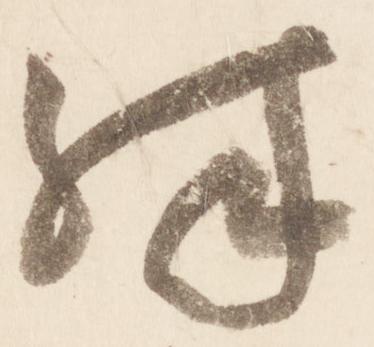
殊